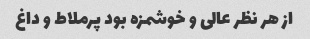
از هر نظر عالی و خوشمزه بود پرملاط و داغ